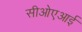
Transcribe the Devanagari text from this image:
सीओएआई